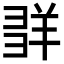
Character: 𦍽